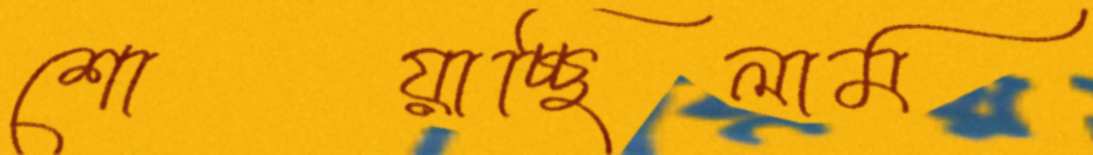
শোয়াচ্ছিলাম